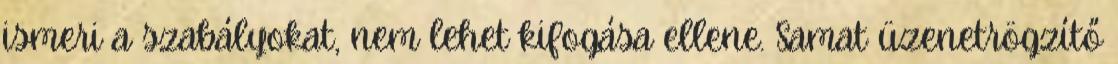
ismeri a szabályokat, nem lehet kifogása ellene. Samat üzenetrögzítő